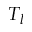
T _ { l }